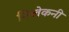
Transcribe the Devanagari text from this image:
निलेकनी